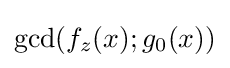
\gcd(f_{z}(x);g_{0}(x))